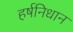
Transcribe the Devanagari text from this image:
हर्षनिधान